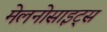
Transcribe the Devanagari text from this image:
मेलनोसाइट्स